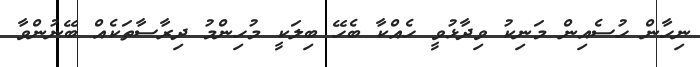
ނިހާން ހުސެއިން މަނިކު ވިދާޅުވީ ހެއްކާ ބެހޭ ބިލަކީ މުހިންމު ދިރާސާތަކެއް ބޭނުންވާ